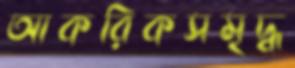
আকরিকসমৃদ্ধ